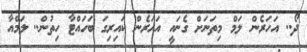
ދޯ.. އަހަރެން ލަމް މިތަނަށް ގެނައީ އަހަރެން ކައިރިގަ ބަހައްޓާ ހިތުން.. ލަމްއާ